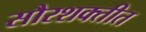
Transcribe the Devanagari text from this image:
सौरशक्तीत